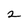
Character: 2